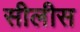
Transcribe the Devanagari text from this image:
सीलीस